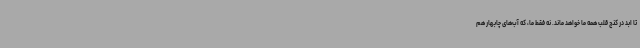
تا ابد در کنج قلب همه ما خواهد ماند. نه فقط ما، که آب‌های چابهار هم